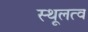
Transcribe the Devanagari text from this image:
स्थूलत्व